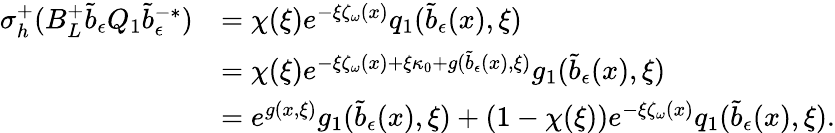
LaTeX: \begin{array}{rl}{\sigma_{h}^{+}(B_{L}^{+}\tilde{b}_{\epsilon}Q_{1}\tilde{b}_{\epsilon}^{-*})}&{=\chi(\xi)e^{-\xi\zeta_{\omega}(x)}q_{1}(\tilde{b}_{\epsilon}(x),\xi)}\\ &{=\chi(\xi)e^{-\xi\zeta_{\omega}(x)+\xi\kappa_{0}+g(\tilde{b}_{\epsilon}(x),\xi)}g_{1}(\tilde{b}_{\epsilon}(x),\xi)}\\ &{=e^{g(x,\xi)}g_{1}(\tilde{b}_{\epsilon}(x),\xi)+(1-\chi(\xi))e^{-\xi\zeta_{\omega}(x)}q_{1}(\tilde{b}_{\epsilon}(x),\xi).}\end{array}